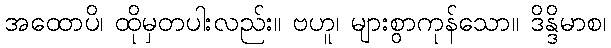
အထောပိ၊ ထိုမှတပါးလည်း။ ဗဟူ၊ များစွာကုန်သော။ ဒိန္ဒိမာစ၊